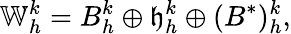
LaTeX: \mathbb{W}_{h}^{k}=B_{h}^{k}\oplus\mathfrak{h}_{h}^{k}\oplus(B^{*})_{h}^{k},